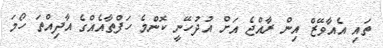
ތައި އެއާވޭޒް އިން ރާއްޖެ އަށް އުދުހޭނީ ކޮންމެ ހަފްތާއެއްގެ އާދިއްތަ ހޯމަ